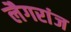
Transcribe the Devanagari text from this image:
लैगरांज